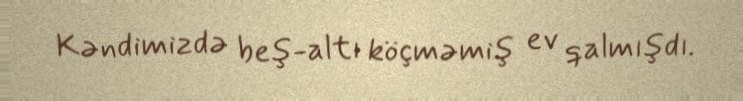
Kəndimizdə beş-altı köçməmiş ev qalmışdı.